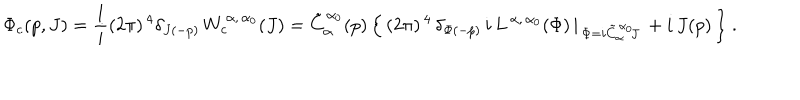
LaTeX: \Phi _ { c } ( p , J ) = \frac { 1 } { i } ( 2 \pi ) ^ { \, 4 } \delta _ { J ( - p ) } \, W _ { c } ^ { \, \alpha , \, \alpha _ { 0 } } ( J ) = \tilde { C } _ { \alpha } ^ { \, \alpha _ { 0 } } ( p ) \, \Bigl \{ \, ( 2 \pi ) ^ { \, 4 } \, \delta _ { \Phi ( - p ) } \, i \, L ^ { \, \alpha , \, \alpha _ { 0 } } ( \Phi ) \, \vert _ { \, \Phi = i \tilde { C } _ { \alpha } ^ { \, \alpha _ { 0 } } \! J } \, + i \, J ( p ) \, \Bigr \} \ .